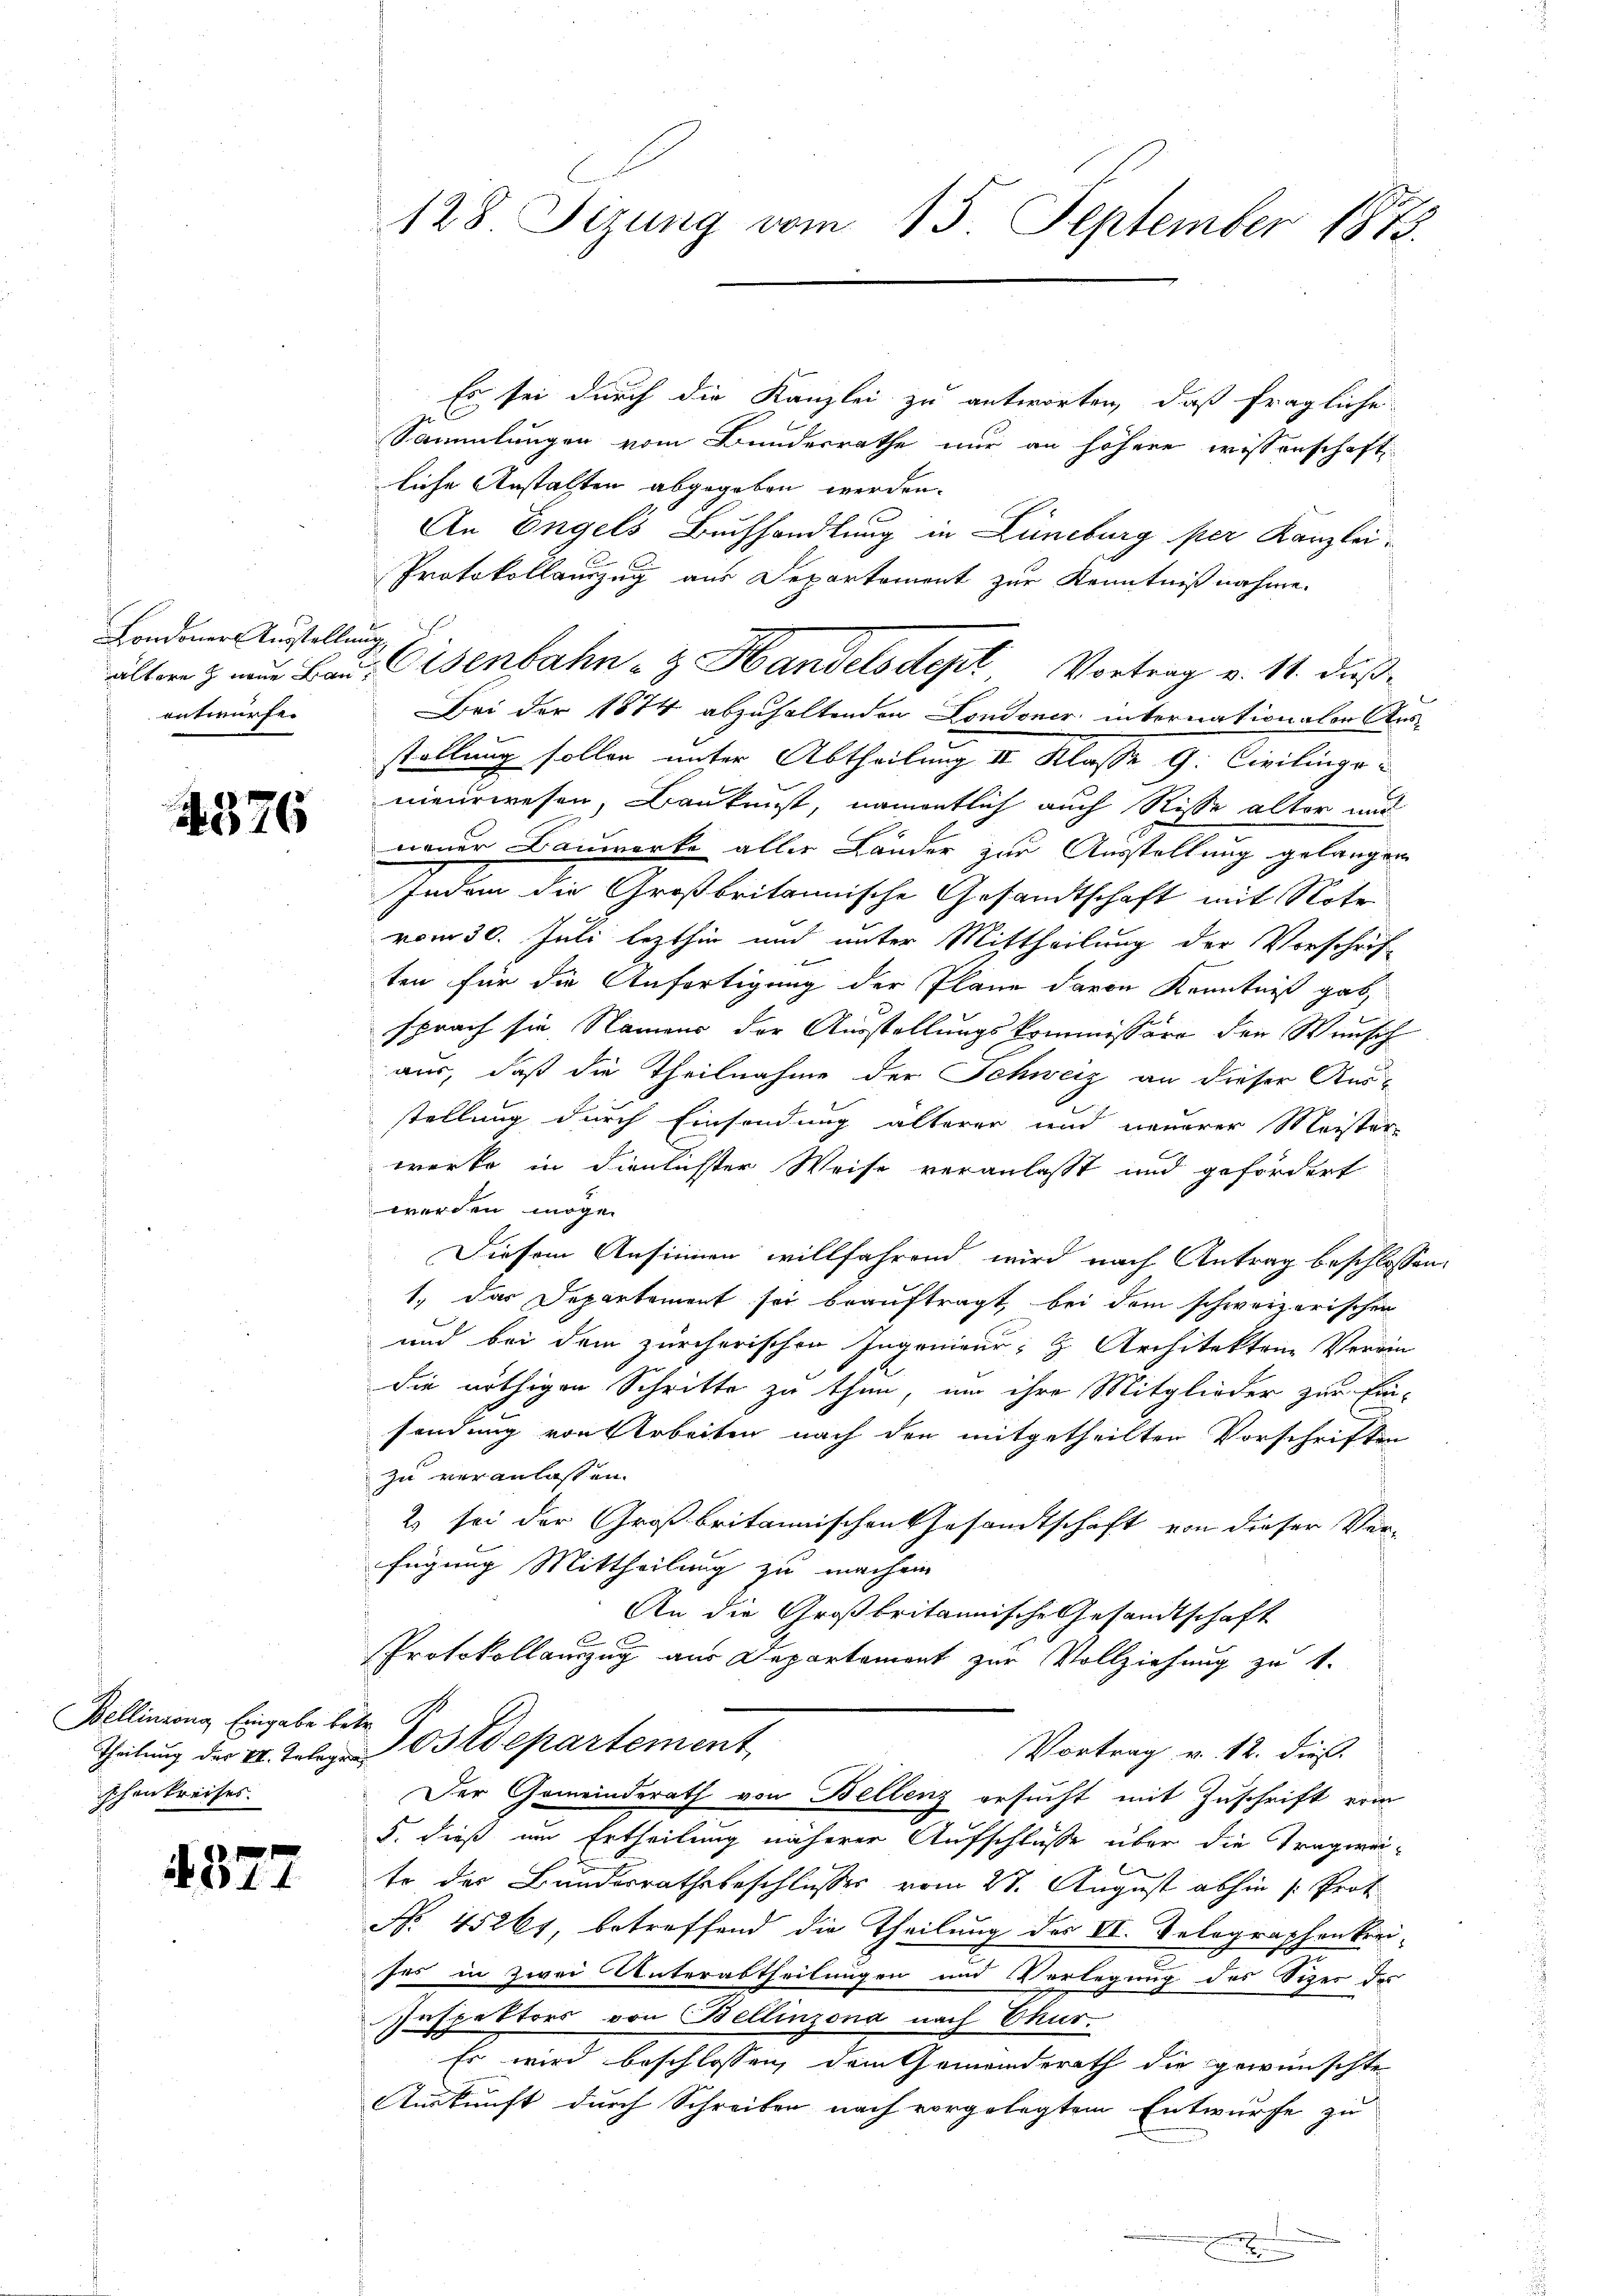
Londoner Verstellung
entwürfe.

4376

Bellinzong Eingabe betr. G
schenkreises.

4377

128 Sizung vom 15. September 1875.

Es sei durch die Kanzlei zu antworten, daß fragliche
C
Sammlungen vom Bundesrathe nur an höhere wissenschaft
liche Anstalten abgegeben werden.
An Engels Buchhandlung in Lüneburg per Kanzlei-
Protokollauszug aus Departement zur Kenntnißnahme.
ältern & nur Bau, Eisenbahn- & Handelsdept Vortrag v. 11. dieß¬
Bei der 1874 abzuhaltenden Londoner internationalen Ausstellung sollen unter Abtheilung III Klasse G. Civilingenieurwesen, Baukunst, namentlich auch Risse alter und
neuer Baumerke aller Länder zur Ausstellung gelangen
Indem die Großbritannische Gesandtschaft mit Note
vom 30. Juli lezthin und unter Mittheilung der Vorschrif-
x
ten für die Anfortigung der Plane davon Kenntniß gab,
sprach sie Namens der Ausstellungskommissäre den Wunsch
aus, daß die Theilnahme der Schweiz an dieser Aus-
stellung durch Einsendung älterer und neuerer Meister
werke in dienlichster Weise veranlasst und gefördert
werden möge.
Diesem Ansinnen willfahrend wird nach Antrag beschlossen
1., das Departement sei beauftragt, bei dem schweizerischen
und bei dem zürcherischen Ingenieur- & Architekten Verein
die nöthigen Schritte zu thun, um ihre Mitglieder zur Einsendung von Arbeiten nach den mitgetheilten Vorschriften
zu veranlassen.
2) sei der Großbritannischen Gesandtschaft von dieser Verfügung Mittheilung zu machen
An die Großbritannische Gesandtschaft
Protokollauszug aus Departement zur Vollziehung zu 1.
Theilung der II. Telege Ostdepartement
Vortrag v. 12. dies
Der Gemeinderath von Bellenz ersucht mit Zuschrift erin
5. dieß um Ertheilung näherer Aufschlüsse über die Tragweite der Bundesrathsbeschlusses vom 27. August abhin /: Prot
No. 45261, betreffend die Theilung des VI. Selegraphenkrei-
ses in zwei Unterabtheilungen und Verlegung des Sizer des
Inspektors von Bellinzona nach Chur-
Es wird beschlossen, dem Gemeinderath die gewünschte
Auskunft durch Schreiben nach vorgelegtem Entwurfe zu